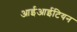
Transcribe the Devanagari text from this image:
आईआईटियन